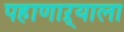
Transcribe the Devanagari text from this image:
पहाणाऱ्याला